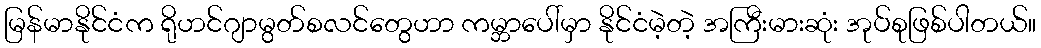
မြန်မာနိုင်ငံက ရိုဟင်ဂျာမွတ်စလင်တွေဟာ ကမ္ဘာပေါ်မှာ နိုင်ငံမဲ့တဲ့ အကြီးမားဆုံး အုပ်စုဖြစ်ပါတယ်။